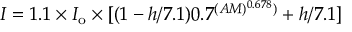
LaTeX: I = 1 . 1 \times I _ { \mathrm { o } } \times [ ( 1 - h / 7 . 1 ) 0 . 7 ^ { ( A M ) ^ { 0 . 6 7 8 } ) } + h / 7 . 1 ]